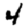
Digit: 4